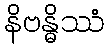
နိဗန္ဓိဿံ